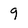
Character: 9